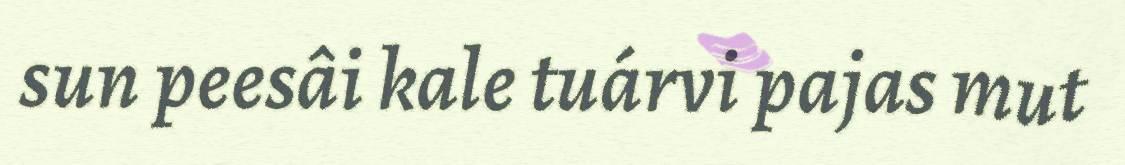
sun peesâi kale tuárvi pajas mut